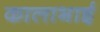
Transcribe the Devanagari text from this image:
कालाभाई